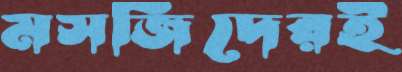
মসজিদেরই